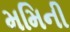
મમિની